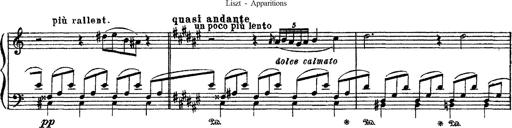
Title: Apparitions
Composer: Franz Liszt